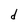
Character: d